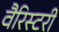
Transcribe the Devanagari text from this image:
वैरिस्टरी